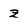
Character: z